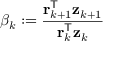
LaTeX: \beta _ { k } : = { \frac { \mathbf { r } _ { k + 1 } ^ { \mathsf { T } } \mathbf { z } _ { k + 1 } } { \mathbf { r } _ { k } ^ { \mathsf { T } } \mathbf { z } _ { k } } }